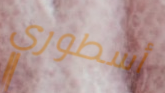
أسطوري